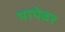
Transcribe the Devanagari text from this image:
थापेवर